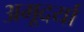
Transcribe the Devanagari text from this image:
अमूदर्या